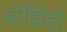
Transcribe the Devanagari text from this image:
बोझिझे